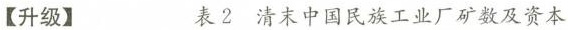
[升级】 表2清末中国民族工业厂矿数及资本